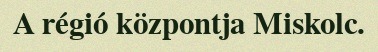
A régió központja Miskolc.